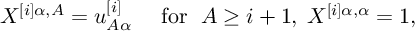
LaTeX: X ^ { [ i ] \alpha , A } = u _ { A \alpha } ^ { [ i ] } \quad \mathrm { ~ f o r ~ } \; A \geq i + 1 , \; X ^ { [ i ] \alpha , \alpha } = 1 ,